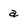
Character: a